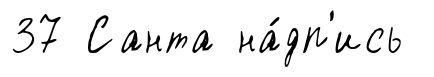
37 Санта на́дп'ись